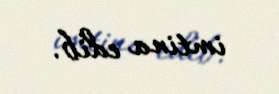
imtina edib.